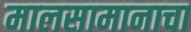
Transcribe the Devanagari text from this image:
मालसामानाचा